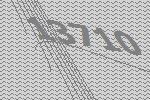
13710